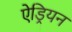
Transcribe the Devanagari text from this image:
ऐड्रियन